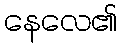
နေလေ၏